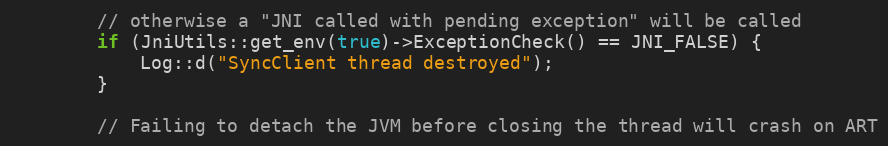
Language: C++
        // otherwise a "JNI called with pending exception" will be called
        if (JniUtils::get_env(true)->ExceptionCheck() == JNI_FALSE) {
            Log::d("SyncClient thread destroyed");
        }

        // Failing to detach the JVM before closing the thread will crash on ART